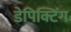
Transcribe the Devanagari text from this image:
डेपिक्टिंग